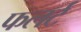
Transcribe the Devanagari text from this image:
फलर्ट